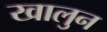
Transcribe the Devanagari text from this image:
खालुन